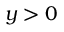
y > 0